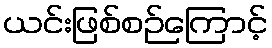
ယင်းဖြစ်စဉ်ကြောင့်